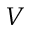
V